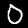
Digit: 0